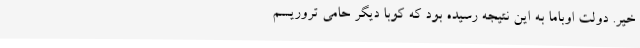
خیر. دولت اوباما به این نتیجه رسیده بود که کوبا دیگر حامی تروریسم